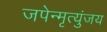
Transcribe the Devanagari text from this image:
जपेन्मृत्युंजय